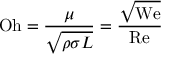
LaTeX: \mathrm { O h } = { \frac { \mu } { \sqrt { \rho \sigma L } } } = { \frac { \sqrt { \mathrm { W e } } } { \mathrm { R e } } }